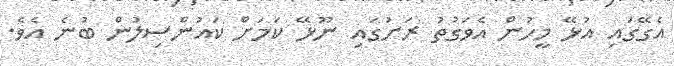
އެގޭގައި އުޅޭ މީހުން އެވަގުތު ރަށުގައި ނޫޅޭ ކަމަށް ކައުންސިލުން ބުނެ އެވެ.